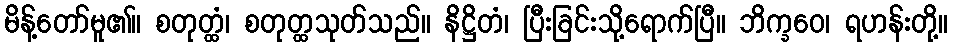
မိန့်တော်မူ၏။ စတုတ္ထံ၊ စတုတ္ထသုတ်သည်။ နိဋ္ဌိတံ၊ ပြီးခြင်းသို့ရောက်ပြီ။ ဘိက္ခဝေ၊ ရဟန်းတို့။